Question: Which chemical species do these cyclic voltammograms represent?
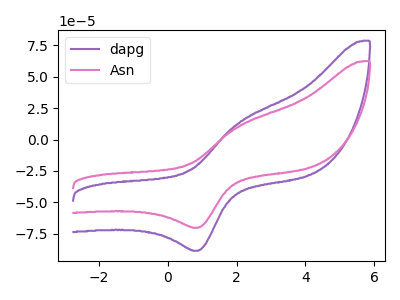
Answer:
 <answer>The purple curve is labeled "dapg". The pink curve is labeled "Asn".</answer>
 <eval></eval>